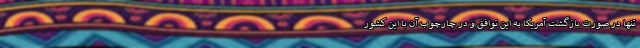
تنها در صورت بازگشت آمریکا به این توافق و در چارچوب آن با این کشور